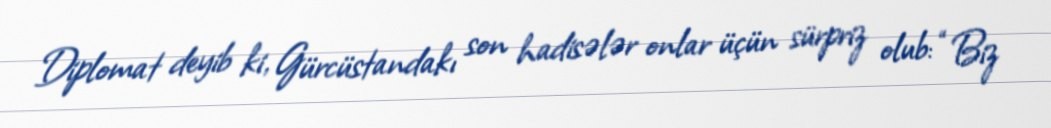
Diplomat deyib ki, Gürcüstandakı son hadisələr onlar üçün sürpriz olub: “Biz